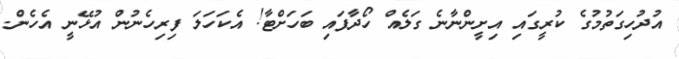
އުދުހިގަތުމުގެ ކުރީގައި އިށީންނާނެ ގަލެއް ހޯދާފައި ބަހަށްޓާ! އެކަހަލަ ފިރިހެނުން އުޅޭނީ އެހެން.